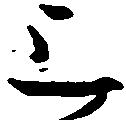
上